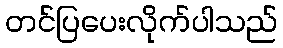
တင်ပြပေးလိုက်ပါသည်